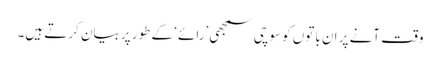
وقت آنے پر ان باتوں کو سوچی سمجھی ’رائے‘ کے طور پر بیان کرتے ہیں۔